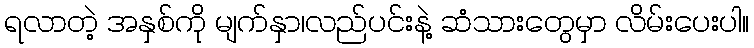
ရလာတဲ့ အနှစ်ကို မျက်နှာ၊လည်ပင်းနဲ့ ဆံသားတွေမှာ လိမ်းပေးပါ။